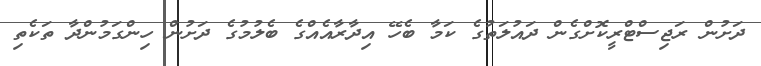
ދަށުން ރަޖިސްޓްރީކޮށްގެން ދައުލަތުގެ ކަމާ ބެހޭ އިދާރާއެއްގެ ބެލުމުގެ ދަށުން ހިންގަމުންދާ ތަކެތި